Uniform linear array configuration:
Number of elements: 4
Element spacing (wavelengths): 0.5
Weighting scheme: blackman
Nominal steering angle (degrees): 45
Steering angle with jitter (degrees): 43.314
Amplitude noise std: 0.05
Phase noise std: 0.05

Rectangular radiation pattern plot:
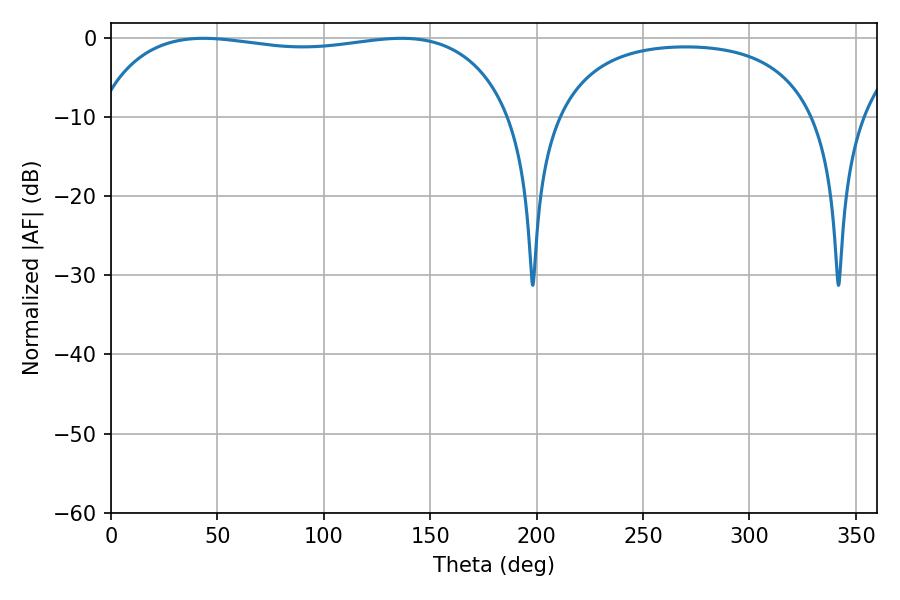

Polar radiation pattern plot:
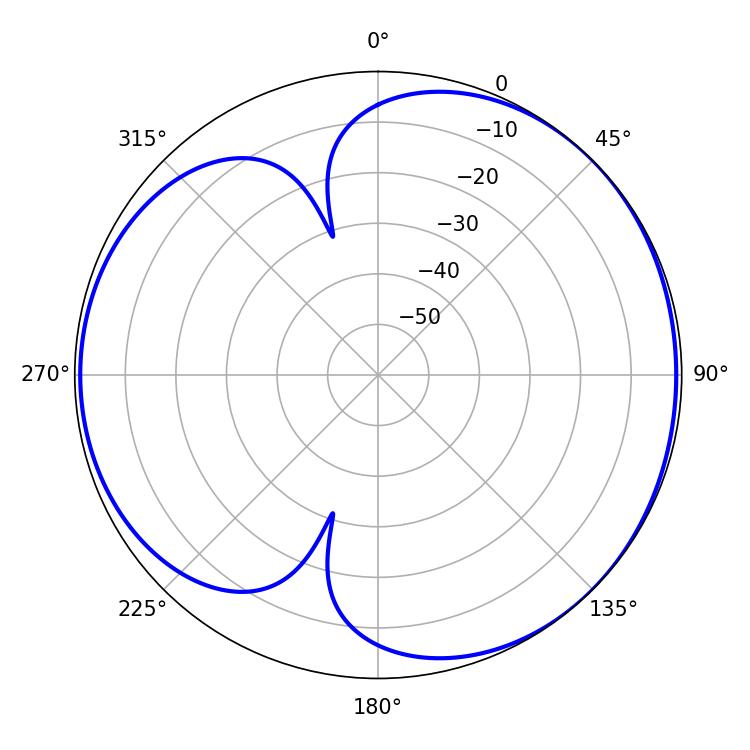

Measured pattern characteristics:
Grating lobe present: FALSE
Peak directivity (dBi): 4.309
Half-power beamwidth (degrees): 158.04
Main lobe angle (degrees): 43.56